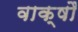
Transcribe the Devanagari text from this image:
वाक्षौ